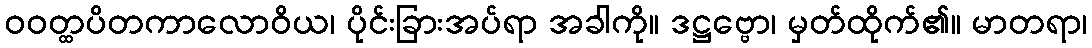
ဝဝတ္ထပိတကာလောဝိယ၊ ပိုင်းခြားအပ်ရာ အခါကို။ ဒဋ္ဌဗ္ဗော၊ မှတ်ထိုက်၏။ မာတရာ၊